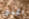
اغني